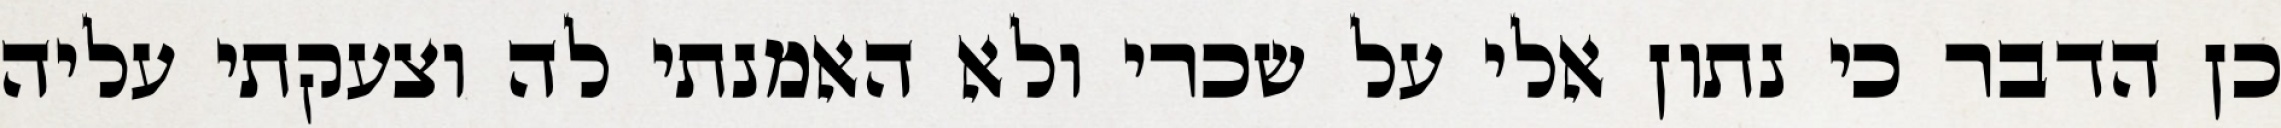
כן הדבר כי נתון אלי על שכרי ולא האמנתי לה וצעקתי עליה